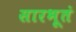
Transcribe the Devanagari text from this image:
सारभूतं